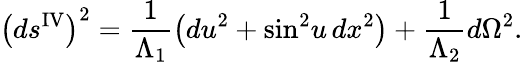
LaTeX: \left(ds^{\mathrm{IV}}\right)^{2}=\frac{1}{\Lambda_{1}}\left(du^{2}+\sin^{2}\! u\, dx^{2}\right)+\frac{1}{\Lambda_{2}}d\Omega^{2}.